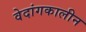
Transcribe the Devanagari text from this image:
वेदांगकालीन